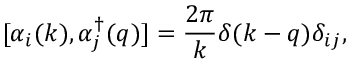
[ \alpha _ { i } ( k ) , \alpha _ { j } ^ { \dagger } ( q ) ] = \frac { 2 \pi } { k } \delta ( k - q ) \delta _ { i j } ,